Indian Civil Veterinary Department memoirs
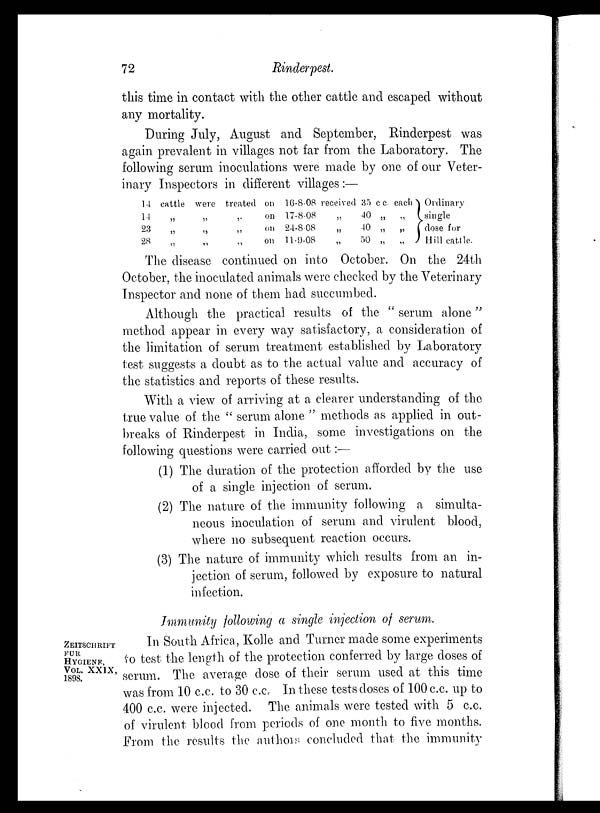
72
Rinderpest.
this time in contact with the other cattle and escaped without
any mortality.
During July, August and September, Rinderpest was
again prevalent in villages not far from the Laboratory. The
following serum inoculations were made by one of our Veter-
inary Inspectors in different villages:—
14
14
23
28
cattle were treated on
„ „ „ on
„ „ „
on
„ „
„
on
16-8-08 received 35 c c. each
17-8-08
„
40 „ „
24-8 08
„
40 „ „
11-9-08
„
50 „ „
Ordinary
single
dose for
Hill cattle.
The disease continued on into October. On the 24th
October, the inoculated animals were checked by the Veterinary
Inspector and none of them had succumbed.
Although the practical results of the "serum alone"
method appear in every way satisfactory, a consideration of
the limitation of serum treatment established by Laboratory
test suggests a doubt as to the actual value and accuracy of
the statistics and reports of these results.
With a view of arriving at a clearer understanding of the
true value of the "serum alone" methods as applied in out-
breaks of Rinderpest in India, some investigations on the
following questions were carried out:—
(1) The duration of the protection afforded by the use
of a single injection of serum.
(2) The nature of the immunity following a simulta-
neous inoculation of serum and virulent blood,
where no subsequent reaction occurs.
(3) The nature of immunity which results from an in-
jection of serum, followed by exposure to natural
infection.
Immunity following a single injection of serum.
ZEITSCHRIFT
FUR
HYGIENE,
VOL. XXIX,
1898.
In South Africa, Kolle and Turner made some experiments
to test the length of the protection conferred by large doses of
serum. The average dose of their serum used at this time
was from 10 c.c. to 30 c.c. In these tests doses of 100 c.c. up to
400 c.c. were injected. The animals were tested with 5 c.c.
of virulent blood from periods of one month to five months.
From the results the authors concluded that the immunity